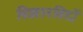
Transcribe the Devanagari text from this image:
विज्ञानविदों